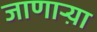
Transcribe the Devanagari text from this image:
जाणार्‍य़ा